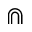
\Cap